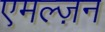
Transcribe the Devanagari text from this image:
एमल्ज़न